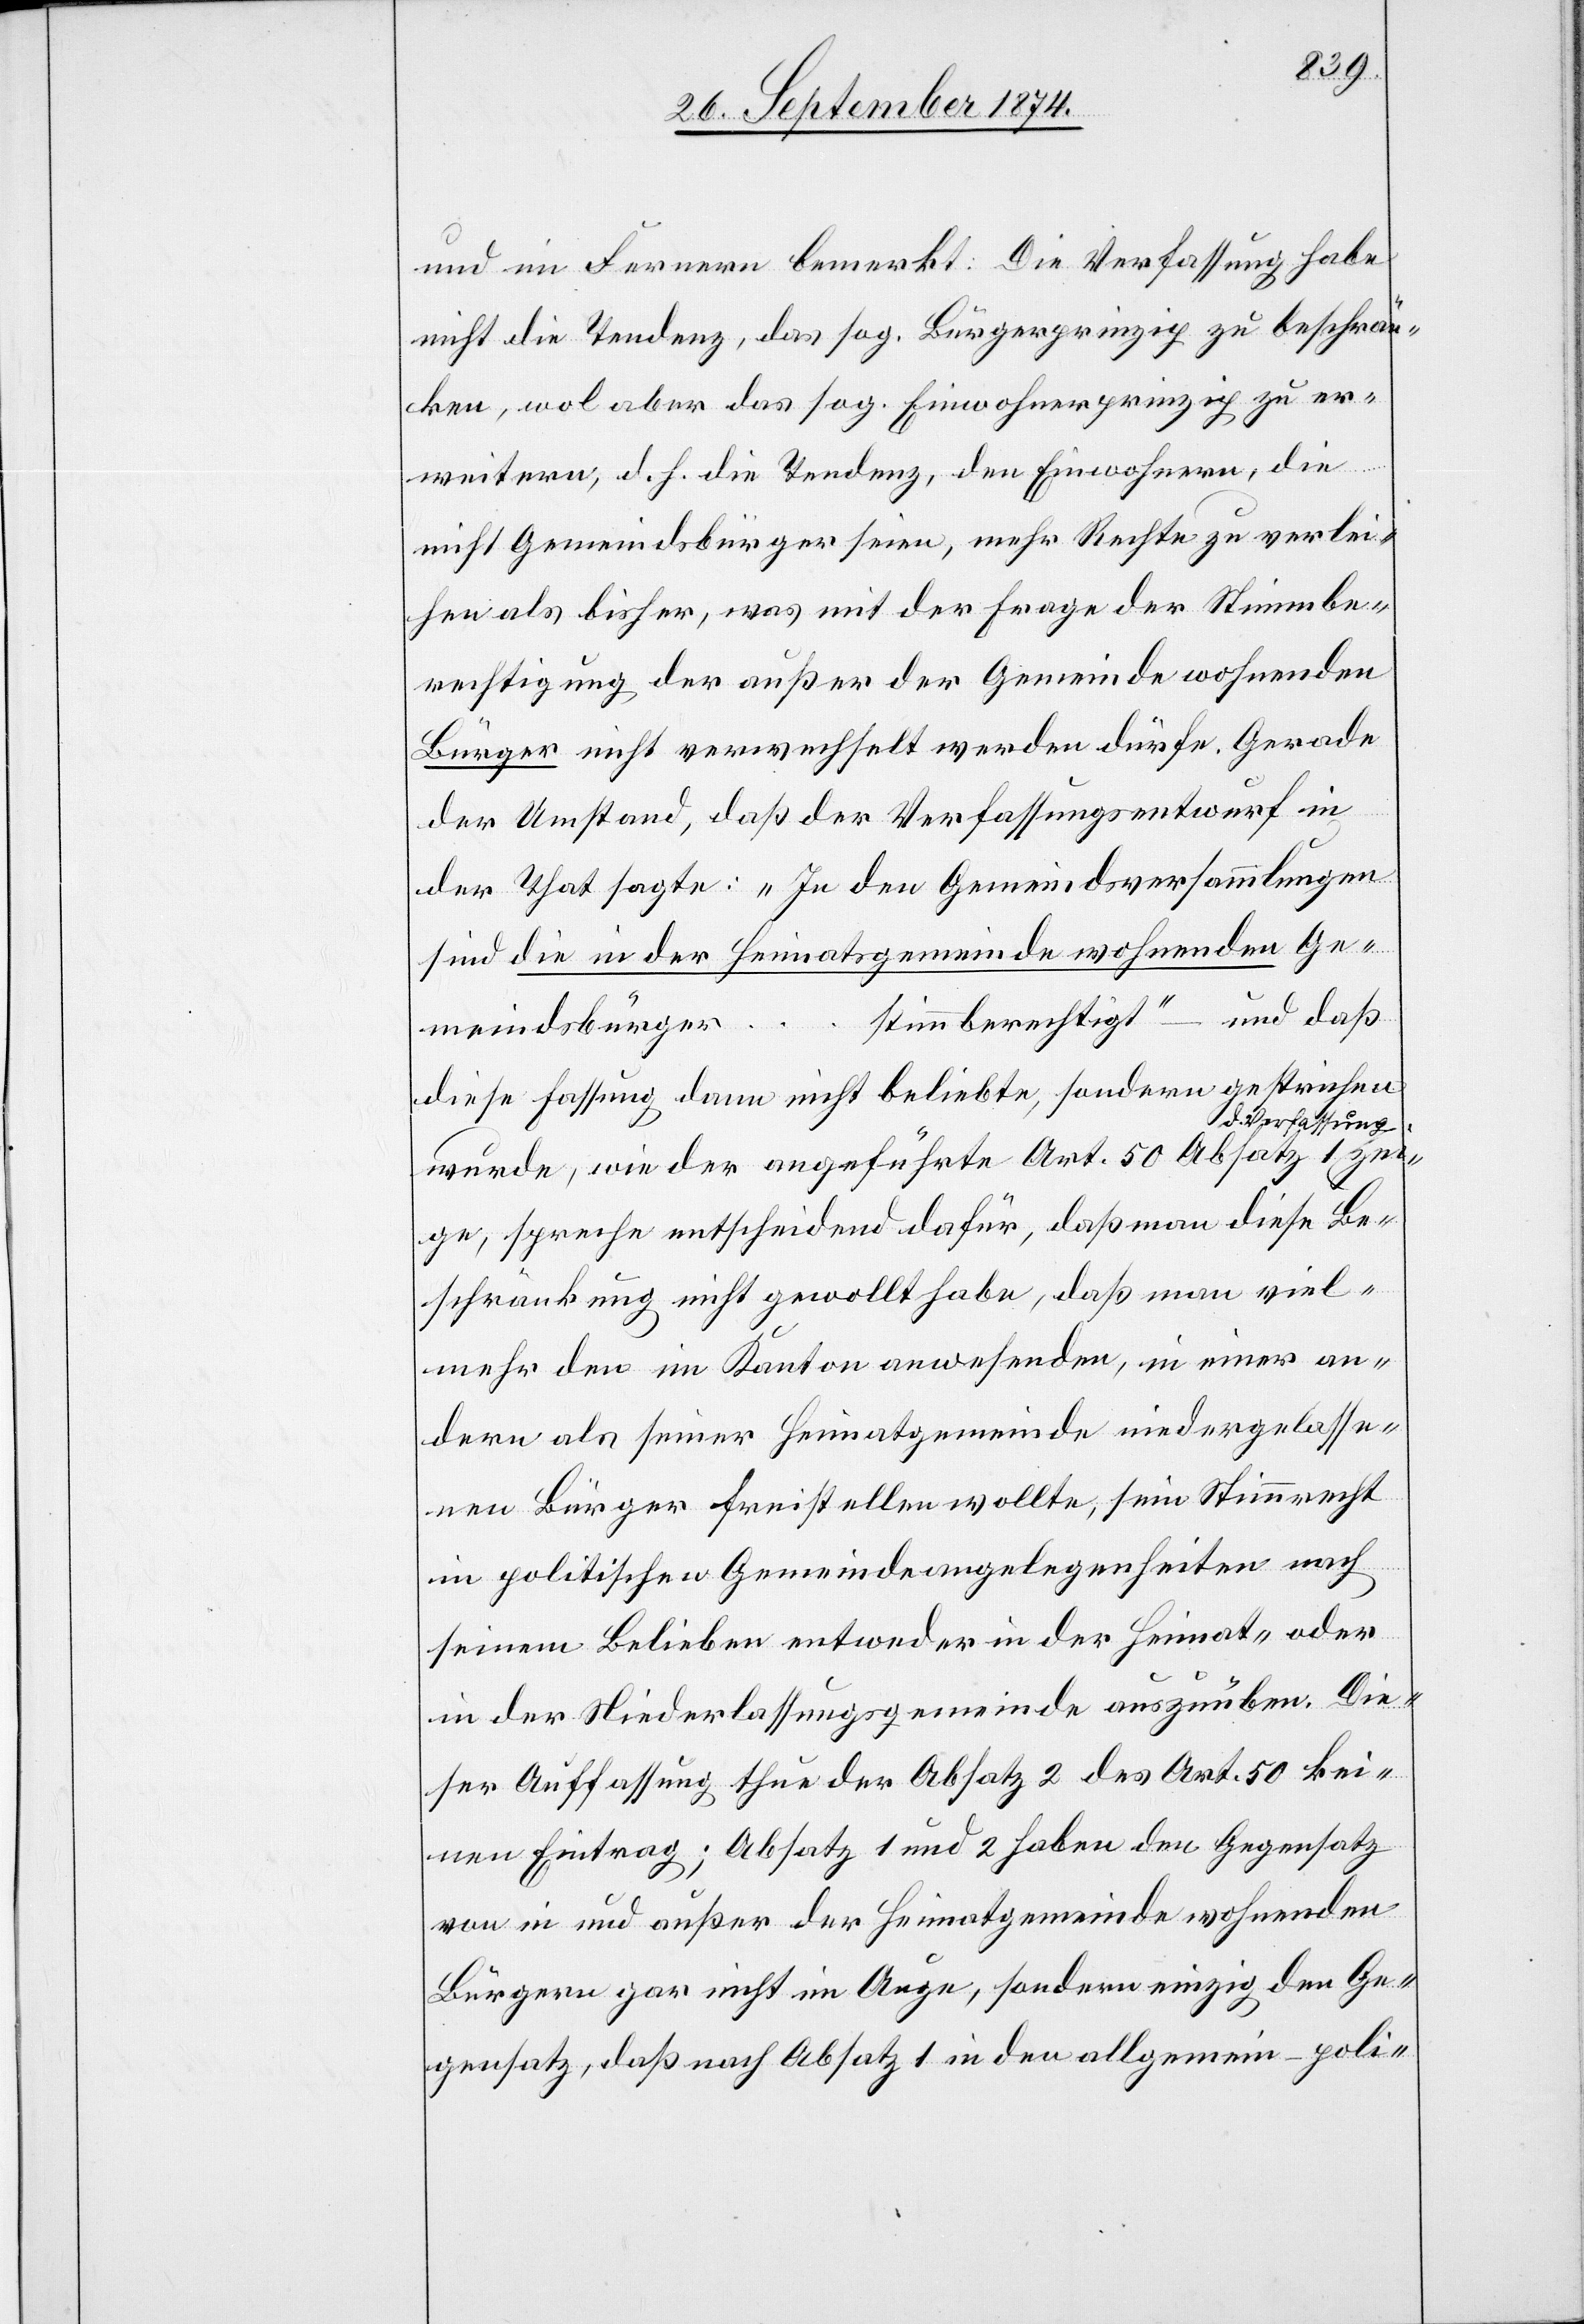
und im Fernern bemerkt: Die Verfassung habe
nicht die Tendenz, das sog. Bürgerprinzip zu beschrän¬
ken, wol aber das sog. Einwohnerprinzip zu er¬
weitern, d. h. die Tendenz, den Einwohnern, die
nicht Gemeindsbürger seien, mehr Recht zu verlei¬
hen als bisher, was mit der Frage der Stimmbe¬
rechtigung der außer der Gemeinde wohnenden
Bürger nicht verwechselt werden dürfe. Gerade
der Umstand, daß der Verfassungsentwurf in
der That sagte: „In den Gemeindsversammlungen
sind die in der Heimatsgemeinde wohnenden Ge¬
stimmberechtigt“ – und daß
meindsbürger …
diese Fassung dann nicht beliebte, sondern gestrichen
wurde, wie der angeführte Art. 50 d. Verfassung
zeige, spreche entscheidend dafür, daß man viel¬
mehr den im Kanton anwesenden, in einer an¬
dern als seiner Heimatgemeinde niedergelasse¬
ne Bürger freistellen wollte, sein Stimmrecht
im politischen Gemeindeangelegenheiten nach
seinem Belieben entweder in der Heimat- oder
in der Niederlassungsgemeinde auszuüben. Die¬
ser Auffassung thue der Absatz 2 des Art. 50 kei¬
nen Eintrag; Absatz 1 und 2 haben den Gegensatz
von in und außer der Heimatgemeinde wohnenden
Bürgern gar nicht im Auge, sondern einzig den Ge¬
gensatz, daß nach Absatz 1 in den allgemein-poli-